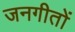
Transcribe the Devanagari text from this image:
जनगीतों